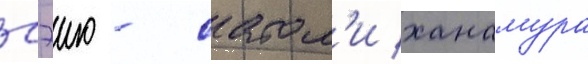
Сэию - сатом'и ханамура